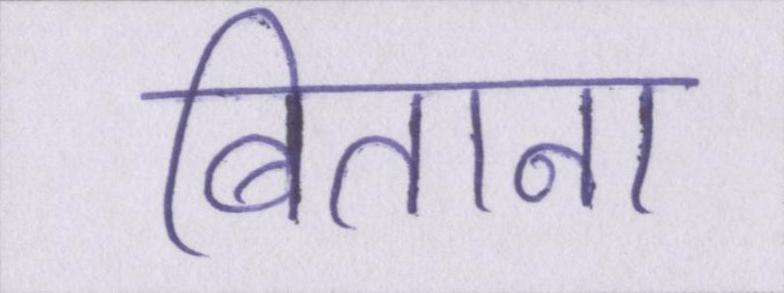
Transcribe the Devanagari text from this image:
बिताना